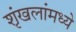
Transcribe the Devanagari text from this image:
शृंखलांमध्ये